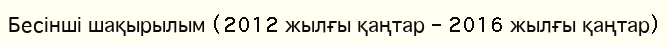
Бесінші шақырылым (2012 жылғы қаңтар – 2016 жылғы қаңтар)